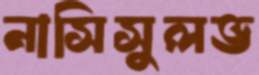
নাসিসুলভ